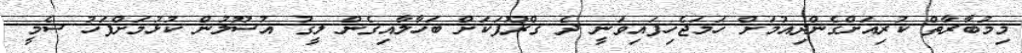
މިމުބާރާތް ކުރިއަށްގެންދިއުމަށް ހަމަޖެހިފައިވަނީ ދެ ގްރޫޕަކަށް ބަހާލާއިގެން ލީގު އުސޫލުން ކުޅުމަށްފަހު ސެމީ